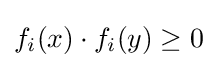
f_{i}(x)\cdot f_{i}(y)\geq 0